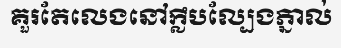
គួរតែលេងនៅក្លឹបល្បែងភ្នាល់